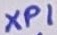
Text: XP1